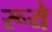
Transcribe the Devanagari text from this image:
रूये